Medical and sanitary report of the native army of Bengal for the year
Year: 1875
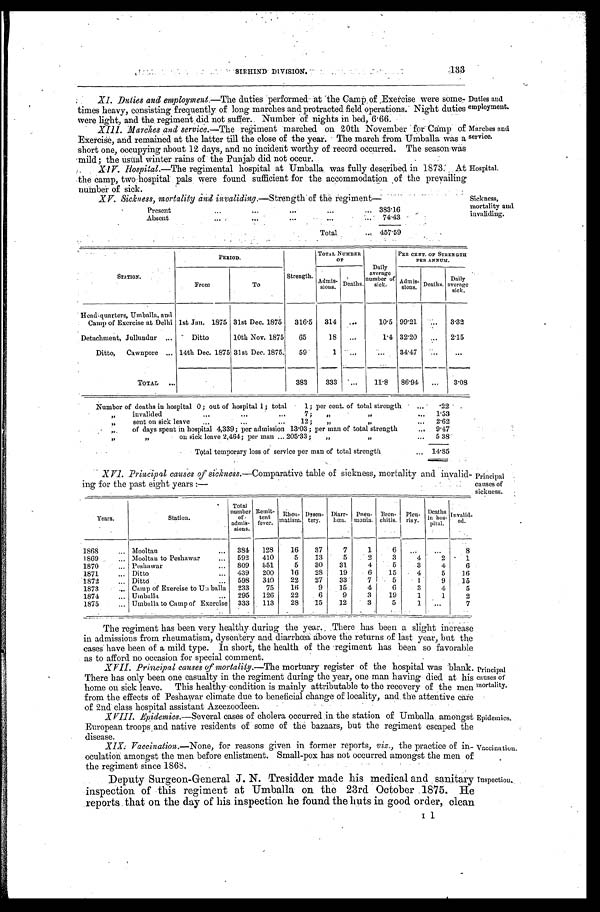
SIRHIND DIVISION.
133
Duties and
employment.
Marches and
service.
XI. Duties and employment.—The duties performed at the Camp of Exercise were some-
times heavy, consisting frequently of long marches and protracted field operations. Night duties
were light. and the regiment did not suffer. Number of nights in bed, 6.66.
XIII. Marches and service .—The regiment marched on 20th November for Camp of
Exercise, and remained at the latter till the close of the year. The march from Umballa was a
short one, occupying about 12 days, and no incident worthy of record occurred. The season was
mild; the usual winter rains of the Punjab did not occur.
XIV. Hospital .—The regimental hospital at Umballa was fully described in 1873. At
the camp, two hospital pals were found sufficient for the accommodation of the prevailing
number of sick.
Hospital.
XV. Sickness, mortality and invaliding.—Strength of the regiment—
Present . . .
383.16
Absent . . .
74.43
Total . . .
457.59
Sickness,
mortality and
invaliding.
STATION.
PERIOD.
Strength.
TOTAL NUMBER
OF
Daily
a v e r a g e n u m b e r o f
sick.
PER CENT. OF STRENGTH
PER ANNUM.
From
To
A d m i s - sions. D e a t h s .
Admis-
sions.
D e a t h s .
Daily
average
sick.
Head-quarters, Umballa, and
Camp of Exercise at Delhi 1st Jan. 1875 31st Dec. 1875
316.5 314
. . .
10.5 99.21
. . .
3.32
Detachment, Jullundur . . .
Ditto
10th Nov. 1875
65
18
. . .
1.4 32.20
. . . 2.15
Ditto, Cawnpore . . . 14th Dec. 1875 31st Dec. 1875.
59
1
. . .
. . .34.47
. . .
. . .
TOTAL . . .
383
333
. . .
11.8
86.94
. . .
3.08
Number of deaths in hospital 0; out of hospital 1; total 1; per cent. of total strength . . . .22
" invalided . . . 7; " " . . .
1.53
" sent on sick leave . . . 12; " " . . .
2.62
" of days spent in hospital 4,339; per admission 13 .03; per man of total strength . . .
9.47
" on sick leave 2,464; per man . . . 205.33; " " . . .
5.38
Total temporary loss of service per man of total strength . . . 14.85
XVI. Principal causes of sickness.—Comparative table of sickness, mortality and invalid
-ing for the past eight years:—
Principal
causes of
sickness.
Years.
Station.
Total
number
a d m i s -
sions.
R e m i t
-
tent
fever.
R h e n - m a t i s m .
D y s e n - t e r y .
D i a r r - h œ a .
P n e n - m o n i a .
B r o n - c h i t i s .
P l e u - r i s y .
Deaths i n h o s - p i t a l . Invalid - e d .
1868 . . . Mooltan . . . 384
128
16
37
7
1
6
. . .
. . .
8
1869 . . . Mooltan to Peshawar . . . 592
410
5
13
5
2
3
4
2
1
1870 . . . Peshawar . . . 809
551
5
30
31
4
5
3
4
6
1871 . . . Ditto . . . 439
200
16
28
19
6
15
4
5
16
1872 . . . Ditto . . . 598
340
22
27
33
7
5
1
9
15
1873 . . . Camp of Exercise to Uaballa
233
75
16
9
15
4
6
3
4
5
1874 . . . Umballa . . . 295
126
22
6
9
3
19
1
1
2
1875 . . . Umballa to Camp of Exercise 333
113
28
15
12
3
5
1
. . .
7
The regiment has been very healthy during the year. There has been a slight increase
in admissions from rheumatism, dysentery and diarrhœa above the returns of last year, but the
cases have been of a mild type. In short, the health of the regiment has been so favorable
as to afford no occasion for special comment.
XVII. Principal causes of mortality .—The mortuary register of the hospital was blank.
There has only been one casualty in the regiment during the year, one man having died at his
home on sick leave. This healthy condition is mainly attributable to the recovery of the men
from the effects of Peshawar climate due to beneficial change of locality, and the attentive care
of 2nd class hospital assistant Azeezoodeen.
XVIII. Epidemics .—Several cases of cholera occurred in the station of Umballa . amongst
European troops and native residents of some of the bazaars, but the regiment escaped the
disease.
Principal
causes of
mortality.
Epidemics.
XIX. Vaccination .—None, for reasons given in former reports, viz., the practice of in
-oculation amongst the men before enlistment. Small-pox has not occurred amongst the men of
the regiment since 1868.
Deputy Surgeon-General J. N. Tresidder made his medical and sanitary
inspection of this regiment at Umballa on the 23rd October 1875. He
reports that on the day of his inspection he found the huts in good order, clean
Vaccination.
Inspection.
I 1 .